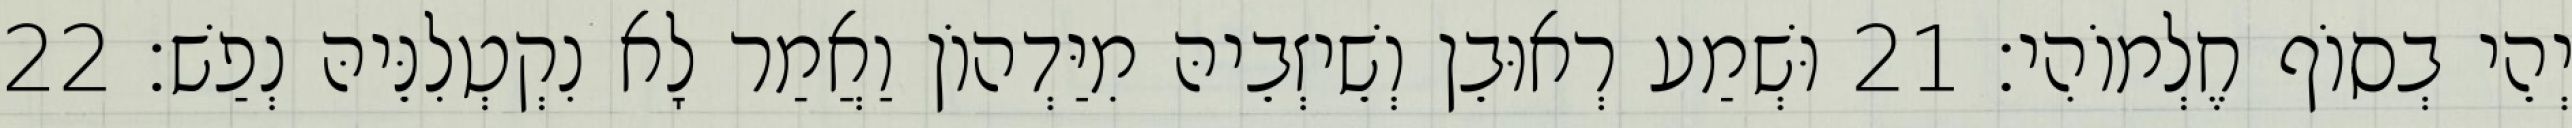
יְהֵי בְסוֹף חֶלְמוֹהִי׃ 21 וּשְׁמַע רְאוּבֵן וְשֵׁיזְבֵיהּ מִיַּדְהוֹן וַאֲמַר לָא נִקְטְלִנֵּיהּ נְפַשׁ׃ 22